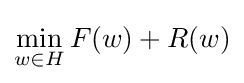
\min _{w\in H}F(w)+R(w)